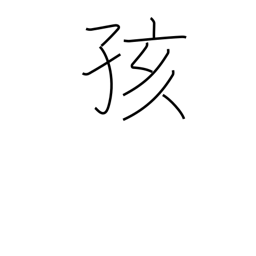
Meaning: baby